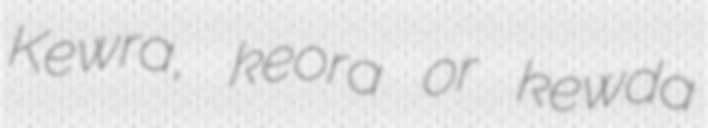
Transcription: Kewra, keora or kewda